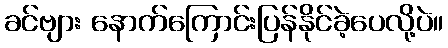
ခင်ဗျား နောက်ကြောင်းပြန်နိုင်ခဲ့ပေလို့ပဲ။